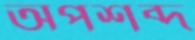
অপশব্দ